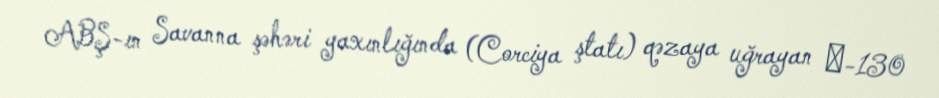
ABŞ-ın Savanna şəhəri yaxınlığında (Corciya ştatı) qəzaya uğrayan С-130